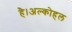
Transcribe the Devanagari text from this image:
है।अल्कोहल